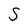
Character: S